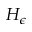
H _ { \epsilon }